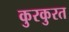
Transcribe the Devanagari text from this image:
कुरकुरत